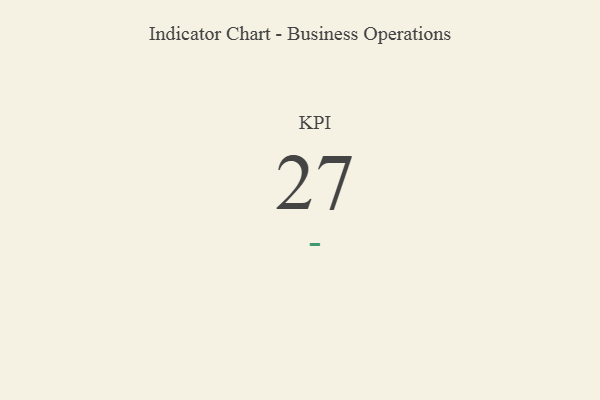
{"axis": {"x": "KPI", "y": "Value"}, "legend": [""], "data": [{"x": "KPI", "y": 27, "type": ""}]}